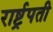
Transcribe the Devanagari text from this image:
रार्ष्ट्रपती